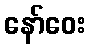
နော်ဝေး